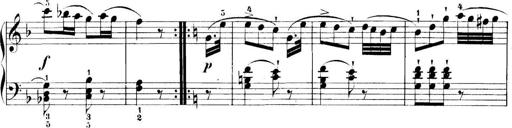
Title: 11 Sonatinas
Composer: Anton Diabelli